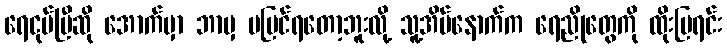
ရေငုပ်ပြီဆို အောက်မှာ ဘာမှ မမြင်ရတော့ဘူးလို့ သူ့အိမ်နောက်က ရေညိုတွေကို ထိုးပြရင်း